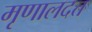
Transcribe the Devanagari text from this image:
मृणालदत्त